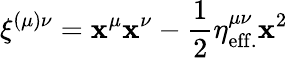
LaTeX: \xi^{(\mu)\nu}=\mathbf{x}^{\mu}\mathbf{x}^{\nu}-{\frac{{1}}{{2}}}\eta_{\mathrm{{eff.}}}^{\mu\nu}\mathbf{x}^{2}